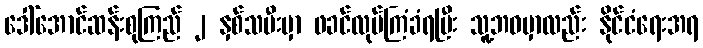
ဒေါ်အောင်ဆန်းစုကြည် ၂ နှစ်သမီးမှာ ဖခင်လုပ်ကြံခံရပြီး သူ့ဘဝမှာလည်း နိုင်ငံရေးအရ